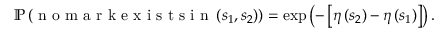
\mathbb { P } \left( \mathrm { ~ n ~ o ~ m ~ a ~ r ~ k ~ e ~ x ~ i ~ s ~ t ~ s ~ i ~ n ~ } \left( s _ { 1 } , s _ { 2 } \right) \right) = \exp \left( - \left[ \eta \left( s _ { 2 } \right) - \eta \left( s _ { 1 } \right) \right] \right) .